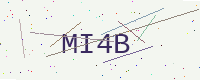
Text: MI4B